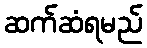
ဆက်ဆံရမည်